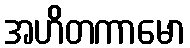
အဟိတကာမော